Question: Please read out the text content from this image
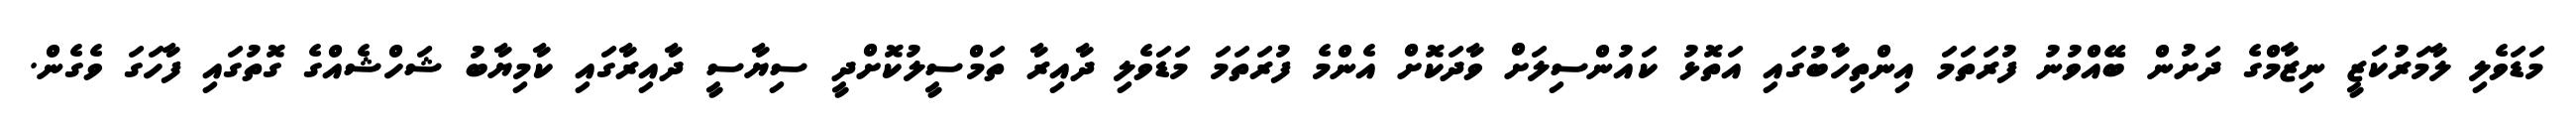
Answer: މަޑަވެލި ލާމަރުކަޒީ ނިޒާމްގެ ދަށުން ބޭއްވުނު ފުރަތަމަ އިންތިހާބުގައި އަތޮޅު ކައުންސިލަށް ވާދަކޮށް އެންމެ ފުރަތަމަ މަޑަވެލި ދާއިރާ ތަމްސީލުކޮށްދީ ސިޔާސީ ދާއިރާގައި ކާމިޔާބު ޝަހްޝެއްގެ ގޮތުގައި ފާހަގަ ވެގެން.